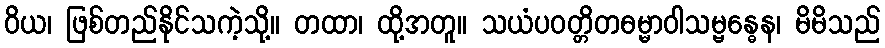
ဝိယ၊ ဖြစ်တည်နိုင်သကဲ့သို့။ တထာ၊ ထို့အတူ။ သယံပဝတ္တိတဓမ္မာဝါသမ္ဗန္ဓေန၊ မိမိသည်